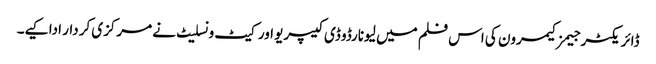
ڈائریکٹر جیمز کیمرون کی اس فلم میں لیونارڈو ڈی کیپریو اور کیٹ ونسلیٹ نے مرکزی کردار ادا کیے۔